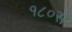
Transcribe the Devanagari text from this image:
१८०सें